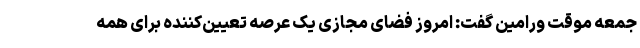
جمعه موقت ورامین گفت: امروز فضای مجازی یک عرصه تعیین‌کننده برای همه